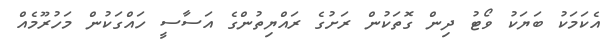
އެކަމަކު ބަޔަކު ވޯޓު ދިން ގޮތަކުން ރަށުގެ ރައްޔިތުންގެ އަސާސީ ހައްގަކުން މަހުރޫމެއް